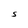
Character: S